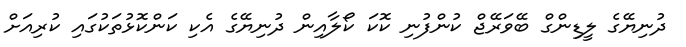
ދުނިޔޭގެ ލީޑިންގް ބޭވަރޭޖް ކުންފުނި ކޮކަ ކޯލާއިން ދުނިޔޭގެ އެކި ކަންކޮޅުތަކުގައި ކުރިއަށް